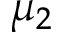
\mu _ { 2 }